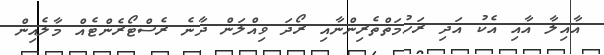
އާއިލާ އާއި އެކު އަދި ރަހުމަތްތެރިންނާއި ރޯދަ ވިއްލަން ދާނެ ރެސްޓޯރެންޓެއް މާލެއިން